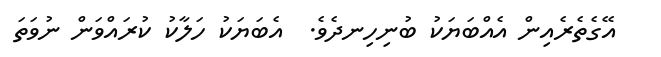
އޭގެތެރެއިން އެއްބަޔަކު ބުނިހިނދެވެ.  އެބަޔަކު ހަލާކު ކުރައްވަން ނުވަތަ